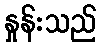
နှုန်းသည်